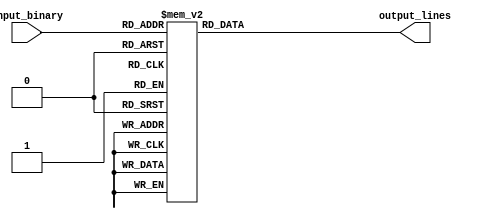
module decoder3to8(
    input [2:0] input_binary,
    output reg [7:0] output_lines
);

always @(*)
begin
    case(input_binary)
        3'b000: output_lines = 8'b00000001;
        3'b001: output_lines = 8'b00000010;
        3'b010: output_lines = 8'b00000100;
        3'b011: output_lines = 8'b00001000;
        3'b100: output_lines = 8'b00010000;
        3'b101: output_lines = 8'b00100000;
        3'b110: output_lines = 8'b01000000;
        3'b111: output_lines = 8'b10000000;
        default: output_lines = 8'b00000000;
    endcase
end

endmodule